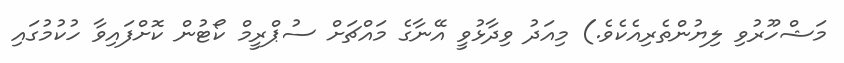
މަޝްހޫރުވި ލިޔުންތެރިއެކެވެ.) މިއަދު ވިދާޅުވީ އޭނާގެ މައްޗަށް ސުޕްރީމް ކޯޓުން ކޮށްފައިވާ ހުކުމުގައި